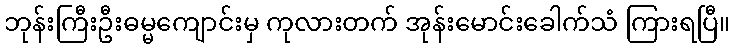
ဘုန်းကြီးဦးဓမ္မကျောင်းမှ ကုလားတက် အုန်းမောင်းခေါက်သံ ကြားရပြီ။